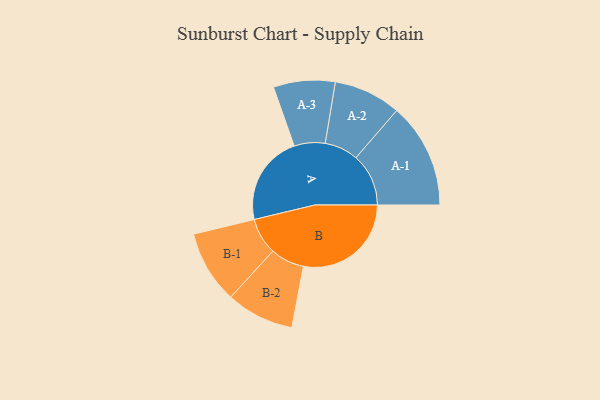
{"axis": {"x": "Segment", "y": "Value"}, "legend": ["", "A", "B"], "data": [{"x": "A", "y": 318, "type": ""}, {"x": "B", "y": 381, "type": ""}, {"x": "A-1", "y": 186, "type": "A"}, {"x": "A-2", "y": 119, "type": "A"}, {"x": "A-3", "y": 109, "type": "A"}, {"x": "B-1", "y": 129, "type": "B"}, {"x": "B-2", "y": 120, "type": "B"}]}